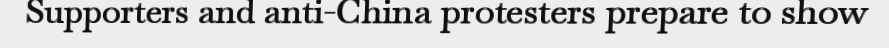
Supporters and anti-China protesters prepare to show